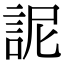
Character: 䛏